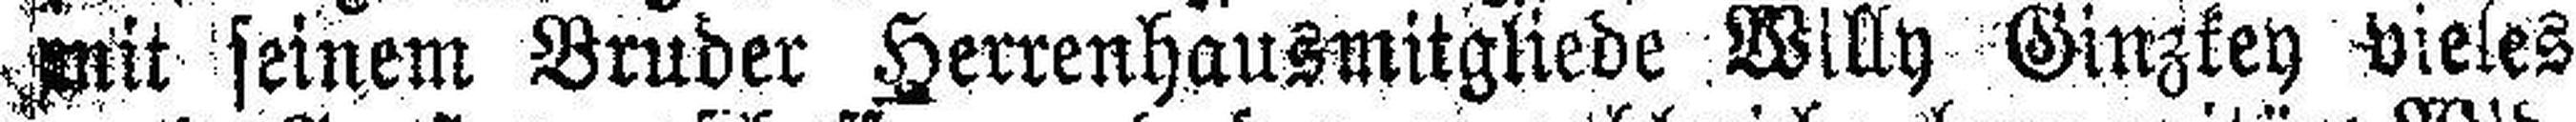
mit seinem Bruder Herrenhausmitgliede Willy Ginzkey vieles